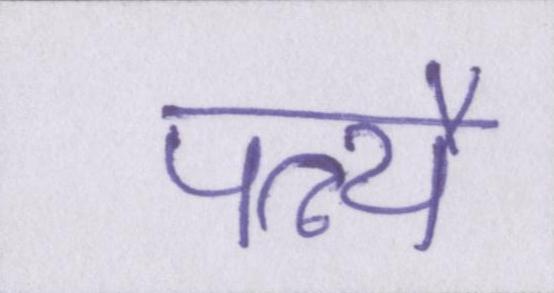
पत्न्यै